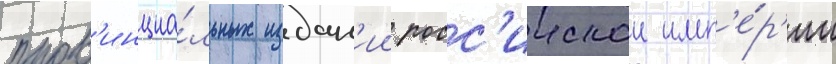
пров'инциа́льных издан'ии росс'иискои имп'е́р'ии